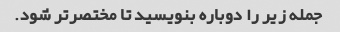
جمله زیر را دوباره بنویسید تا مختصرتر شود.